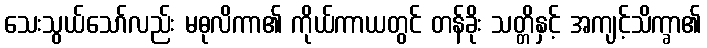
သေးသွယ်သော်လည်း မဓုလိကာ၏ ကိုယ်ကာယတွင် တန်ခိုး သတ္တိနှင့် အကျင့်သိက္ခာ၏